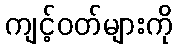
ကျင့်ဝတ်များကို